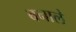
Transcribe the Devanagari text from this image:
बनाले